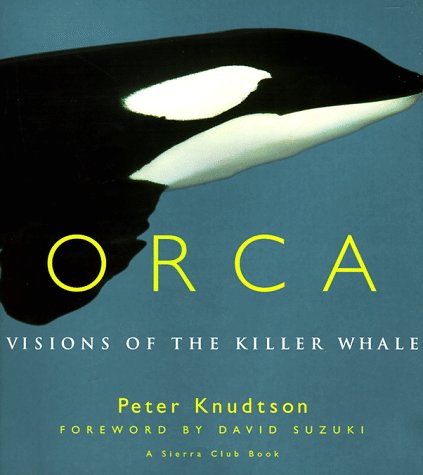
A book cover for Orca: Visions of the Killer Whale; Peter Knudtson; Sports & Outdoors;